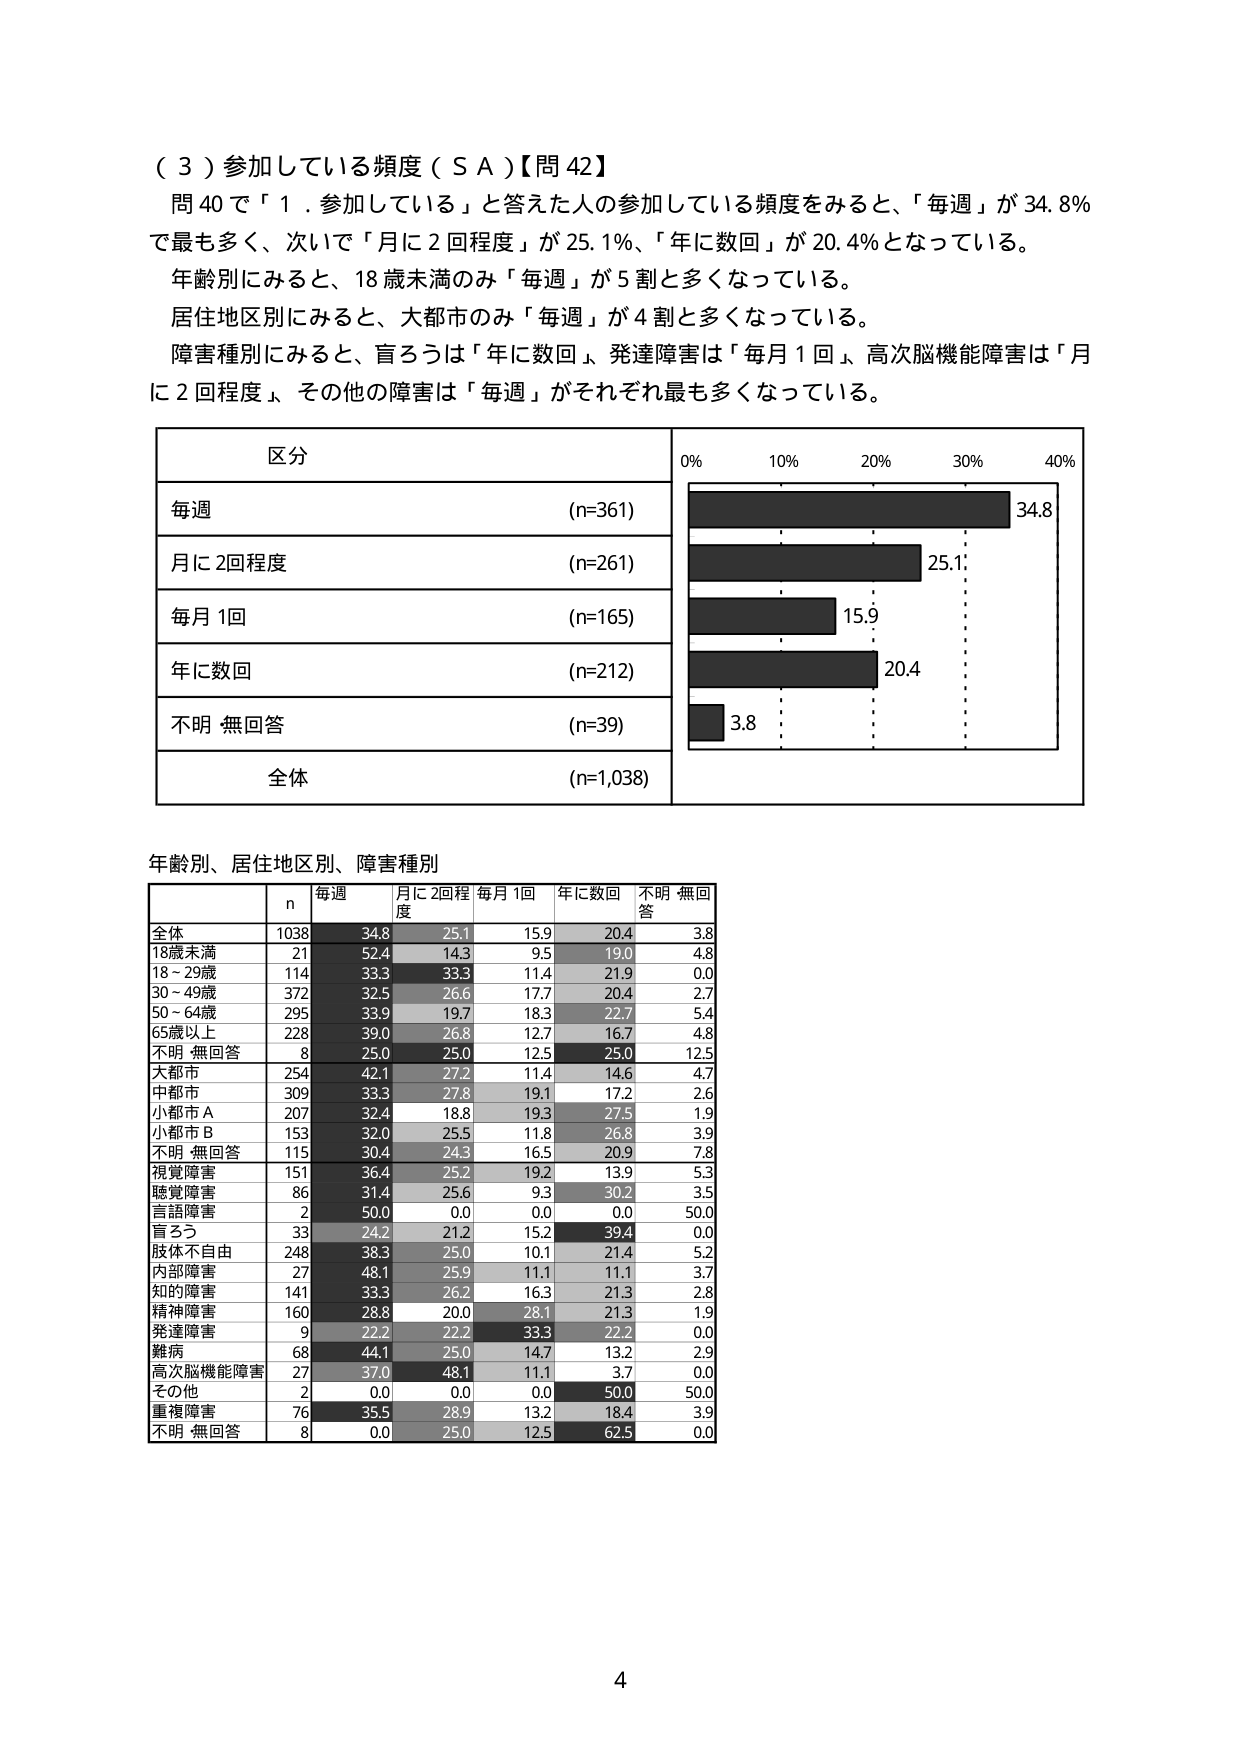
（３）参加している頻度（ＳＡ）【問 42】
問 40 で「１．参加している」と答えた人の参加している頻度をみると、「毎週」が 34.8％
で最も多く、次いで「月に２回程度」が 25.1％、「年に数回」が 20.4％となっている。
年齢別にみると、18歳未満のみ「毎週」が５割と多くなっている。
居住地区別にみると、大都市のみ「毎週」が４割と多くなっている。
障害種別にみると、盲ろうは「年に数回」、発達障害は「毎月１回」、高次脳機能障害は「月
に２回程度」、その他の障害は「毎週」がそれぞれ最も多くなっている。

区分
毎週 (n=361)
月に２回程度 (n=261)
毎月１回 (n=165)
年に数回 (n=212)
不明・無回答 (n=39)
全体 (n=1,038)

0% 10% 20% 30% 40%
34.8
25.1
15.9
20.4
3.8

年齢別、居住地区別、障害種別
n 毎週 月に２回程度 毎月１回 年に数回 不明・無回答
全体 1038 34.8 25.1 15.9 20.4 3.8
18歳未満 21 52.4 14.3 9.5 19.0 4.8
18～29歳 114 33.3 33.3 11.4 21.9 0.0
30～49歳 372 32.5 26.6 17.7 20.4 2.7
50～64歳 295 33.9 19.7 18.3 22.7 5.4
65歳以上 228 39.0 26.8 12.7 16.7 4.8
不明・無回答 8 25.0 25.0 12.5 25.0 12.5
大都市 254 42.1 27.2 11.4 14.6 4.7
中都市 309 33.3 27.8 19.1 17.2 2.6
小都市Ａ 207 32.4 18.8 19.3 27.5 1.9
小都市Ｂ 153 32.0 25.5 11.8 26.8 3.9
不明・無回答 115 30.4 24.3 16.5 20.9 7.8
視覚障害 151 36.4 25.2 19.2 13.9 5.3
聴覚障害 86 31.4 25.6 9.3 30.2 3.5
言語障害 2 50.0 0.0 0.0 0.0 50.0
盲ろう 33 24.2 21.2 15.2 39.4 0.0
肢体不自由 248 38.3 25.0 10.1 21.4 5.2
内部障害 27 48.1 25.9 11.1 11.1 3.7
知的障害 141 33.3 26.2 16.3 21.3 2.8
精神障害 160 28.8 20.0 28.1 21.3 1.9
発達障害 9 22.2 22.2 33.3 22.2 0.0
難病 68 44.1 25.0 14.7 13.2 2.9
高次脳機能障害 27 37.0 48.1 11.1 3.7 0.0
その他 2 0.0 0.0 0.0 50.0 50.0
重複障害 76 35.5 28.9 13.2 18.4 3.9
不明・無回答 8 0.0 25.0 12.5 62.5 0.0

4